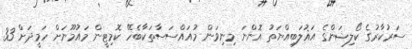
ސަރުކާރުގެ ކޯލިޝަންގެ އަޣުލަބިއްޔަތު އޮންނަ މިނިވަން މުއައްސަސާތަކާބެހޭ ކޮމިޓީން މައުމޫނަށް ހަމީދަށް 33